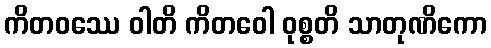
ကိတဝဿေ ဝါတိ ကိတဝေါ ဝုစ္စတိ သာတုဏိကော